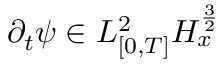
\partial _ { t } \psi \in L _ { [ 0 , T ] } ^ { 2 } H _ { x } ^ { \frac { 3 } { 2 } }